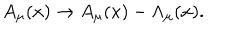
A _ { \mu } ( x ) \rightarrow A _ { \mu } ( x ) - \Lambda _ { \mu } ( x ) .